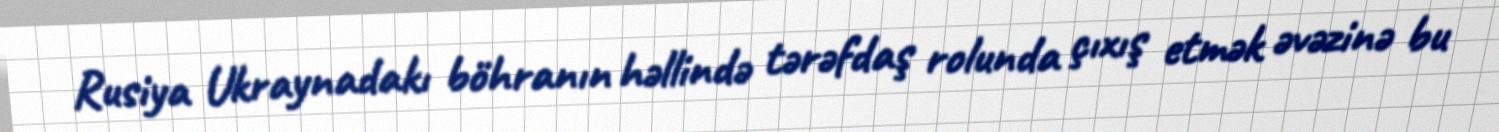
Rusiya Ukraynadakı böhranın həllində tərəfdaş rolunda çıxış etmək əvəzinə bu